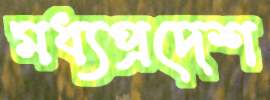
মধ্যপ্রদেশ